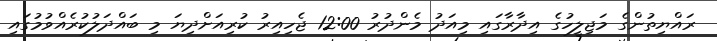
ރައްޔިތުންގެ މަޖިލީހުގެ އިދާރާގައި މިއަދު މެންދުރު 12:00 ޖެހިއިރު ކުރިއަށްދިޔަ މި ބައްދަލުކުރެއްވުމުގައި